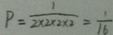
P = \frac { 1 } { 2 \times 2 \times 2 \times 2 } = \frac { 1 } { 1 6 }